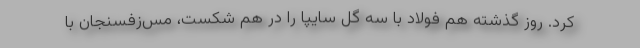
کرد. روز گذشته هم فولاد با سه گل سایپا را در هم شکست، مس‌زفسنجان با